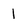
Character: 1